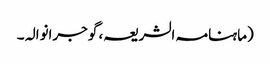
(ماہنامہ الشریعہ، گوجرانوالہ ۔